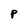
Character: P